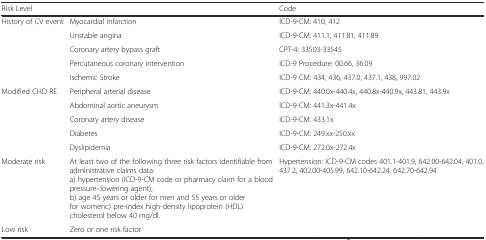
<table><thead><tr><td><b>Risk Level</b></td><td></td><td><b>Code</b></td></tr></thead><tbody><tr><td rowspan="5">History of CV event</td><td>Myocardial infarction</td><td>ICD-9-CM: 410, 412</td></tr><tr><td>Unstable angina</td><td>ICD-9-CM: 411.1, 411.81, 411.89</td></tr><tr><td>Coronary artery bypass graft</td><td>CPT-4: 33503-33545</td></tr><tr><td>Percutaneous coronary intervention</td><td>ICD-9 Procedure: 00.66, 36.09</td></tr><tr><td>Ischemic Stroke</td><td>ICD-9 CM: 434, 436, 437.0, 437.1, 438, 997.02</td></tr><tr><td rowspan="5">Modified CHD RE</td><td>Peripheral arterial disease</td><td>ICD-9-CM: 440.0x-440.4x, 440.8x-440.9x, 443.81, 443.9x</td></tr><tr><td>Abdominal aortic aneurysm</td><td>ICD-9-CM: 441.3x-441.4x</td></tr><tr><td>Coronary artery disease</td><td>ICD-9-CM: 433.1x</td></tr><tr><td>Diabetes</td><td>ICD-9-CM: 249.xx-250.xx</td></tr><tr><td>Dyslipidemia</td><td>ICD-9-CM: 272.0x-272.4x</td></tr><tr><td>Moderate risk</td><td>At least two of the following three risk factors identifiable from administrative claims data: a) hypertension (ICD-9-CM code or pharmacy claim for a blood pressure–lowering agent), b) age 45 years or older for men and 55 years or older for womenc) pre-index high-density lipoprotein (HDL) cholesterol below 40 mg/dl.</td><td rowspan="2">Hypertension: ICD-9-CM codes 401.1-401.9, 642.00-642.04, 401.0, 437.2, 402.00-405.99, 642.10-642.24, 642.70-642.94</td></tr><tr><td>Low risk</td><td>Zero or one risk factor</td></tr></tbody></table>